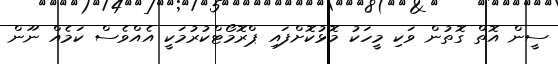
ސީން އޮތް ގޮތުން ވަކި މީހަކު މޮޅުކޮށްފައި ޕްރޮމޯޓްކުރުމަކީ އެއްވެސް ކަމެއް ނޫން